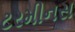
ટરમીનસ